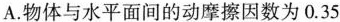
A.物体与水平面间的动摩擦因数为0.35